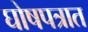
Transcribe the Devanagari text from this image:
घोषपत्रात